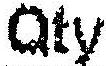
QTY